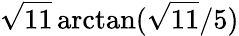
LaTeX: {\sqrt{11}}\arctan({{\sqrt{11}}/5})